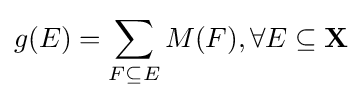
g(E)=\sum _{F\subseteq E}M(F),\forall E\subseteq \mathbf {X}